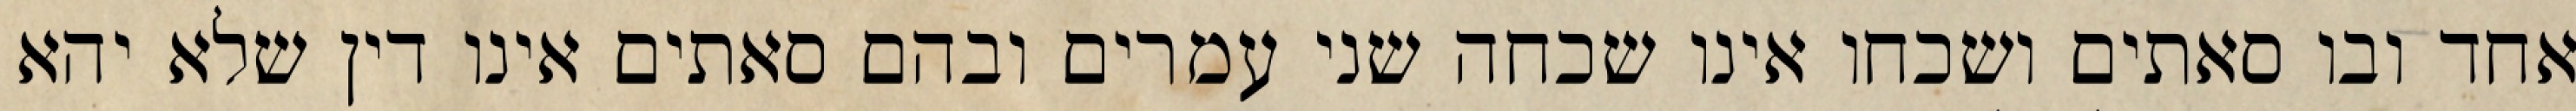
אחד ובו סאתים ושכחו אינו שכחה שני עמרים ובהם סאתים אינו דין שלא יהא